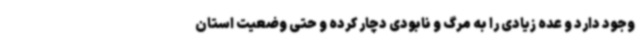
وجود دارد و عده زیادی را به مرگ و نابودی دچار کرده و حتی وضعیت استان